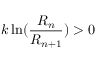
k \ln ( { \frac { R _ { n } } { R _ { n + 1 } } } ) > 0